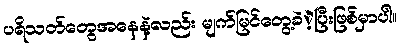
ပရိသတ်တွေအနေနဲ့လည်း မျက်မြင်တွေ့ခဲဲ့ပြီးဖြစ်မှာပါ။